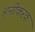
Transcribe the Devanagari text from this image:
हनीकरक